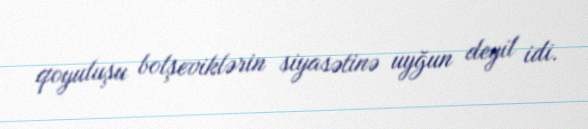
qoyuluşu bolşeviklərin siyasətinə uyğun deyil idi.